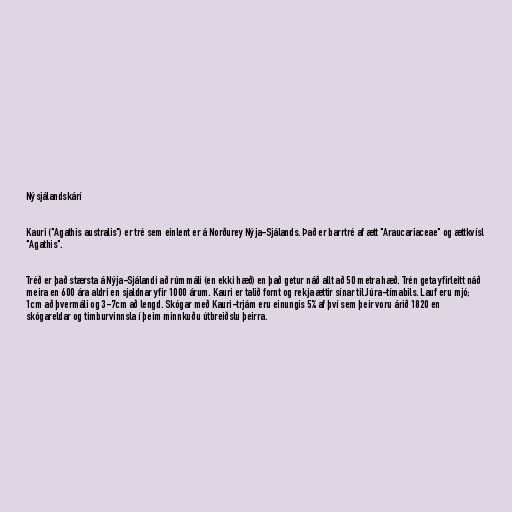
Nýsjálandskárí

Kauri ("Agathis australis") er tré sem einlent er á Norðurey Nýja-Sjálands. Það er barrtré af ætt "Araucariaceae" og ættkvísl
"Agathis".

Tréð er það stærsta á Nýja-Sjálandi að rúmmáli (en ekki hæð) en það getur náð allt að 50 metra hæð. Trén geta yfirleitt náð
meira en 600 ára aldri en sjaldnar yfir 1000 árum. Kauri er talið fornt og rekja ættir sínar til Júra-tímabils. Lauf eru mjó;
1cm að þvermáli og 3-7cm að lengd. Skógar með Kauri-trjám eru einungis 5% af því sem þeir voru árið 1820 en
skógareldar og timburvinnsla í þeim minnkuðu útbreiðslu þeirra.